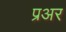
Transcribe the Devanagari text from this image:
प्रअर